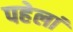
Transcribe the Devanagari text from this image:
पहेलां